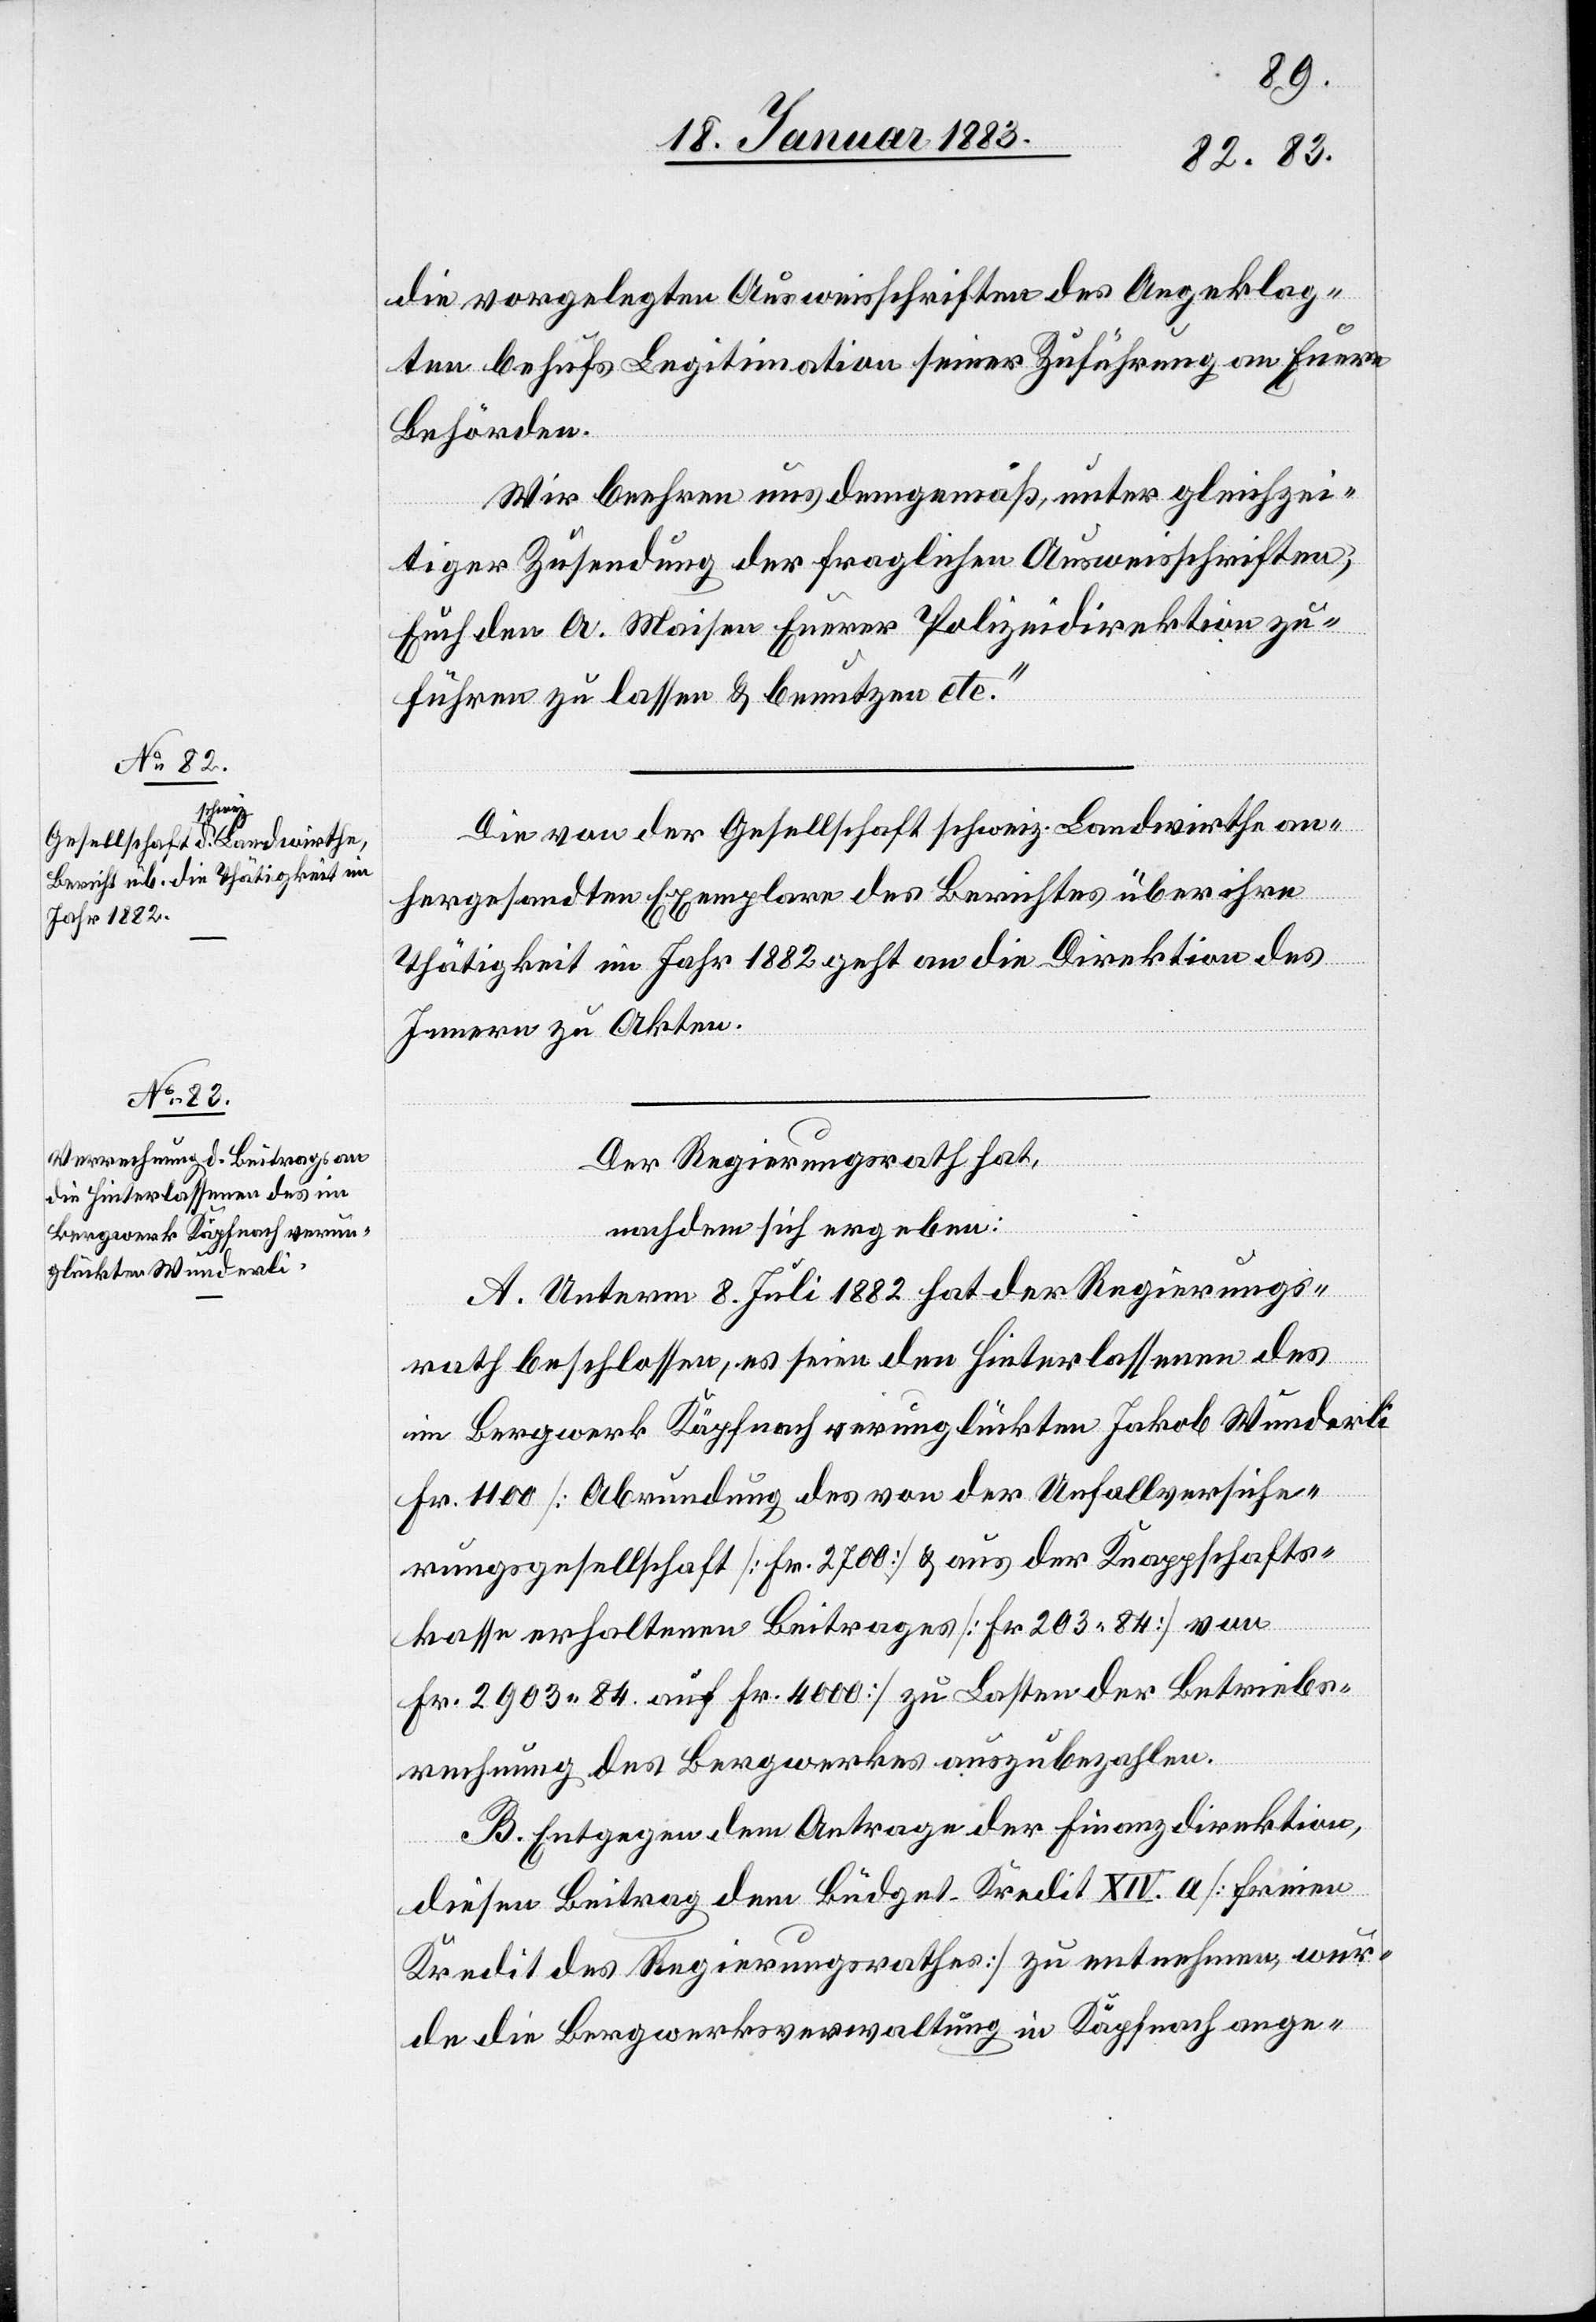
die vorgelegten Ausweisschriften des Angeklag¬
ten behufs Legitimation seiner Zuführung an Euere
Behörden.
Wir beehren uns demgemäß, unter gleichzei¬
tiger Zusendung der fraglichen Ausweisschriften,
Euch den A. Maisen Euerer Polizeidirektion zu¬
führen zu lassen & benutzen etc.“
Die von der Gesellschaft schweiz. Landwirthe an¬
hergesandten Exemplare des Berichtes über ihre
Thätigkeit im Jahr 1882 geht an die Direktion des
Innern zu Akten.
Der Regierungsrath hat,
nachdem sich ergeben:
A. Unterm 8. Juli 1882 hat der Regierungs¬
rath beschlossen, es seien den Hinterlassenen des
im Bergwerk Käpfnach verunglückten Jakob Wunderli
Fr. 1100 [Abrundung des von der Unfallversiche¬
rungsgesellschaft [Fr. 2700] & aus der Knappschafts¬
kasse erhaltenen Beitrages [Fr. 203.84] von
Fr. 2903.84 auf Fr. 4000] zu Lasten der Betriebs¬
rechnung des Bergwerkes auszubezahlen.
B. Entgegen des Antrages der Finanzdirektion
diesen Beitrag dem Büdget Kredit XIV. a [freien
Kredit des Regierungsrathes] zu entnehmen, wur¬
de die Bergwerksverwaltung in Käpfnach ange-